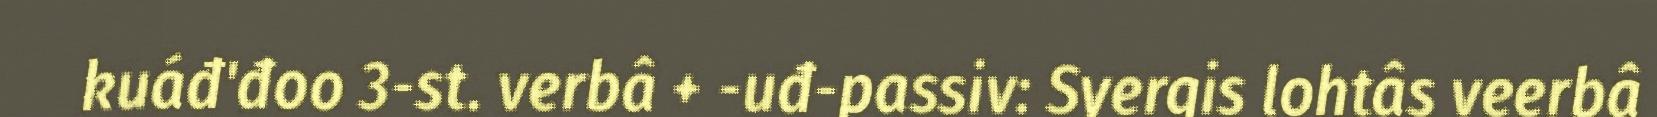
kuáđ'đoo 3-st. verbâ + -uđ-passiv: Syergis lohtâs veerbâ